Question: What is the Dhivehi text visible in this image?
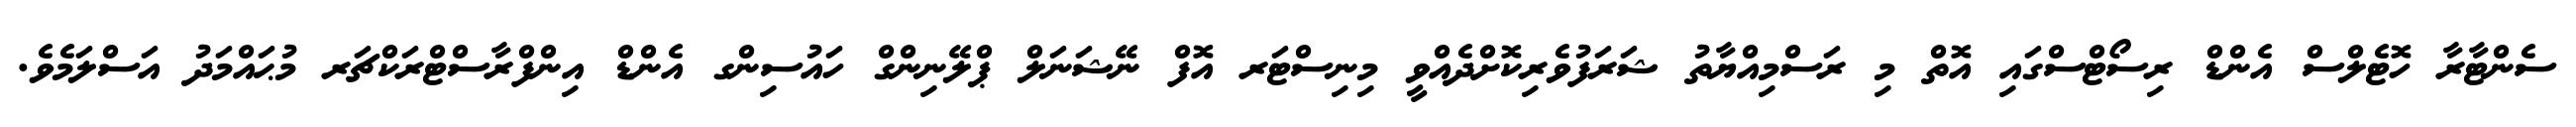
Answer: ސެންޓާރާ ހޮޓެލްސް އެންޑް ރިސޯޓްސްގައި އޮތް މި ރަސްމިއްޔާތު ޝަރަފުވެރިކޮށްދެއްވީ މިނިސްޓަރ އޮފް ނޭޝަނަލް ޕްލޭނިންގް ހައުސިންގ އެންޑް އިންފްރާސްޓްރަކްޗަރ މުޙައްމަދު އަސްލަމެވެ.